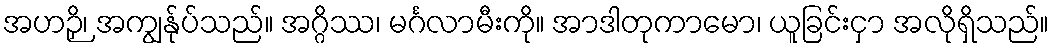
အဟဉှိ၊ အကျွန်ုပ်သည်။ အဂ္ဂိဿ၊ မင်္ဂလာမီးကို။ အာဒါတုကာမော၊ ယူခြင်းငှာ အလိုရှိသည်။